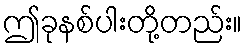
ဤခုနစ်ပါးတို့တည်း။